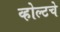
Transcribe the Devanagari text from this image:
व्होल्टचे